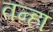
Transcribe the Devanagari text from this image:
वन्हा